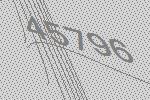
45796